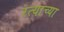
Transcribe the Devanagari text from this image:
रत्याच्या